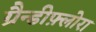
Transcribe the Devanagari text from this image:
ग्रैन्डीफ़्लोरा